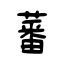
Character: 蕃